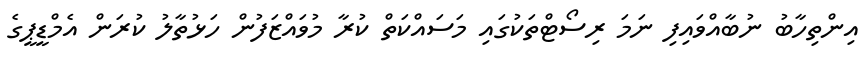
އިންތިހާބު ނުބާއްވައިފި ނަމަ ރިސޯޓްތަކުގައި މަސައްކަތް ކުރާ މުވައްޒަފުން ހަޅުތާލު ކުރަން އެމްޑީޕީގެ